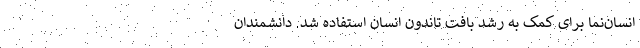
انسان‌نما برای کمک به رشد بافت تاندون انسان استفاده شد. دانشمندان